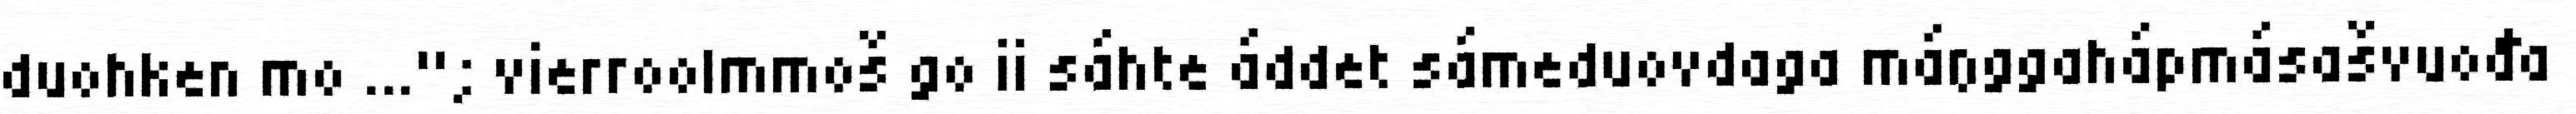
duohken mo ..."; vierroolmmoš go ii sáhte áddet sámeduovdaga máŋggahápmásašvuođa